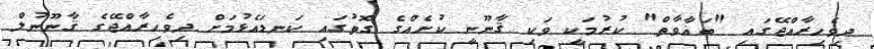
ދިވެހިރާއްޖޭގައި "ބަޣާވާތް" ކުރުމަކީ ވަކި ޤާނޫނީ ކުށެއްގެ ގޮތުގައި ކަނޑައެޅުމަށް ދިވެހިރާއްޖޭގެ ޤާނޫނުލް